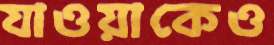
যাওয়াকেও